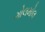
ગોલમોલ